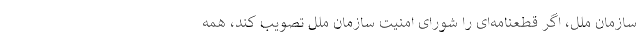
سازمان ملل، اگر قطعنامه‌ای را شورای امنیت سازمان ملل تصویب کند، همه